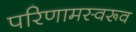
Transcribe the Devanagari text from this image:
परिणामस्वरूव